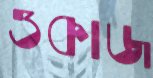
ওকাজ